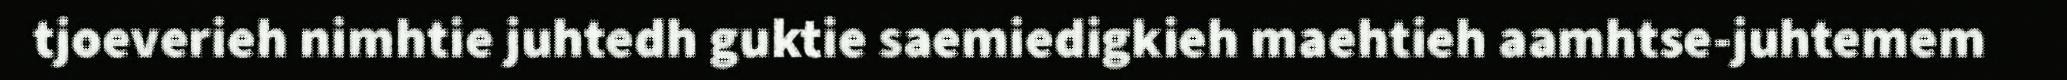
tjoeverieh nimhtie juhtedh guktie saemiedigkieh maehtieh aamhtse-juhtemem